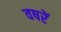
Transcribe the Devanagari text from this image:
वषरें